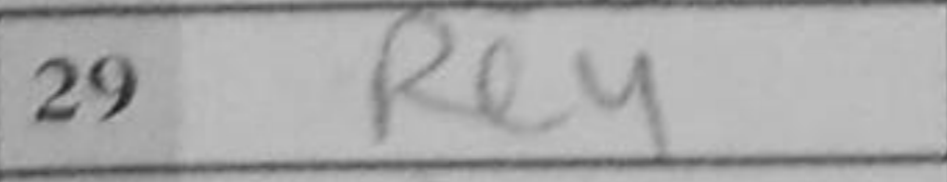
Transcription: Re4